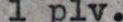
1 plv.